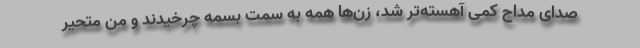
صدای مداح کمی آهسته‌تر شد، زن‌ها همه به سمت بسمه چرخیدند و من متحیر